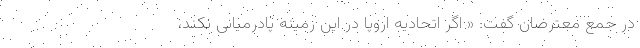
در جمع معترضان گفت: « اگر اتحادیه اروپا در این زمینه پادرمیانی نکند،